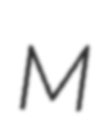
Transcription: M